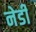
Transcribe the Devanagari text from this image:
नेडी